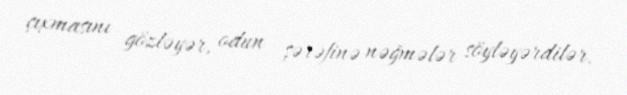
çıxmasını gözləyər, odun şərəfinə nəğmələr söyləyərdilər.